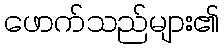
ဖောက်သည်များ၏